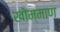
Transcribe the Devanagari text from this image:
खोम्माण